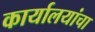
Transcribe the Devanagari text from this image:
कार्यालयांचा